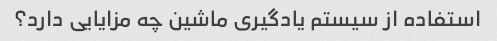
استفاده از سیستم یادگیری ماشین چه مزایایی دارد؟